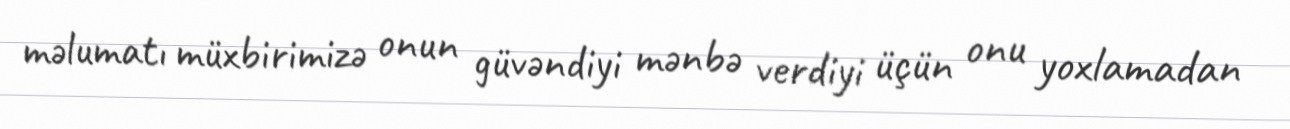
məlumatı müxbirimizə onun güvəndiyi mənbə verdiyi üçün onu yoxlamadan